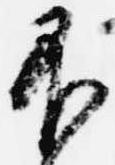
不